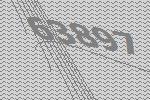
63897